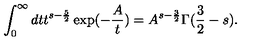
\int _ { 0 } ^ { \infty } d t t ^ { s - \frac { 5 } { 2 } } \exp ( - \frac { A } { t } ) = A ^ { s - \frac { 3 } { 2 } } \Gamma ( \frac { 3 } { 2 } - s ) .